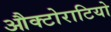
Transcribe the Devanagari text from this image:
औक्टोराटियो